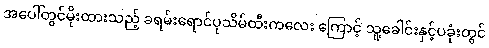
အပေါ်တွင်မိုးထားသည့် ခရမ်းရောင်ပုသိမ်ထီးကလေး ကြောင့် သူ့ခေါင်းနှင့်ပခုံးတွင်